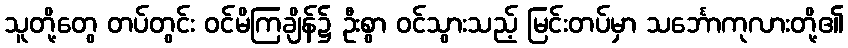
သူတို့တွေ တပ်တွင်း ဝင်မိကြချိန်၌ ဦးစွာ ဝင်သွားသည့် မြင်းတပ်မှာ သင်္ဘောကုလားတို့၏